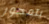
يتمحور